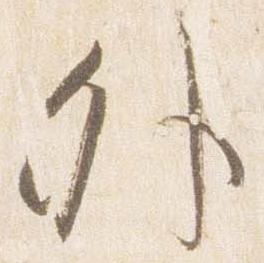
外